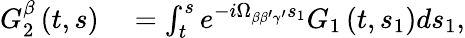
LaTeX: \begin{array}{rl}{G_{2}^{\beta}\left(t,s\right)}&{{}=\int_{t}^{s}e^{-i\Omega_{\beta\beta^{\prime}\gamma^{\prime}}s_{1}}G_{1}\left(t,s_{1}\right)ds_{1},}\end{array}